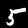
Digit: 5